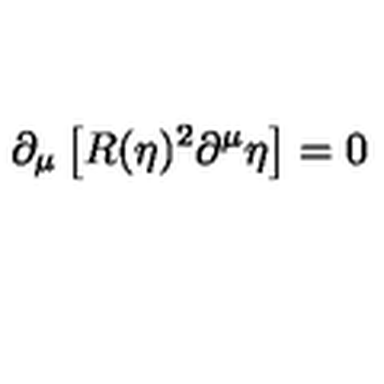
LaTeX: \partial _ { \mu } \left[ R ( \eta ) ^ { 2 } \partial ^ { \mu } \eta \right] = 0